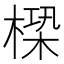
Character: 㮪